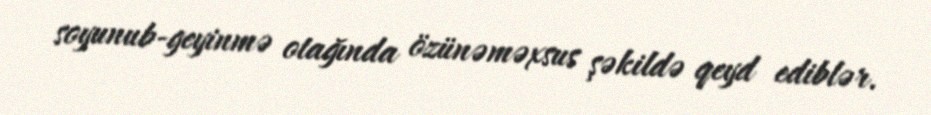
soyunub-geyinmə otağında özünəməxsus şəkildə qeyd ediblər.